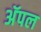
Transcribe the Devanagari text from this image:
अॅपल